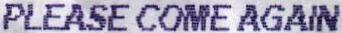
PLEASE COME AGAIN